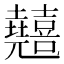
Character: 𠓘